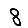
Digit: 8